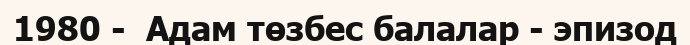
1980 -  Адам төзбес балалар - эпизод